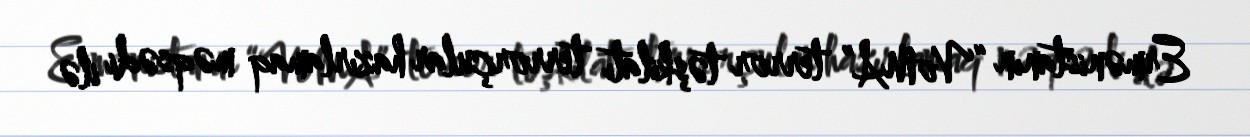
Ermənistanın “VoMA” terror təşkilatı terrorçular hazırlamaq məqsədi ilə